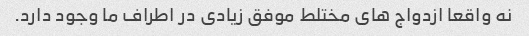
نه واقعا ازدواج های مختلط موفق زیادی در اطراف ما وجود دارد.